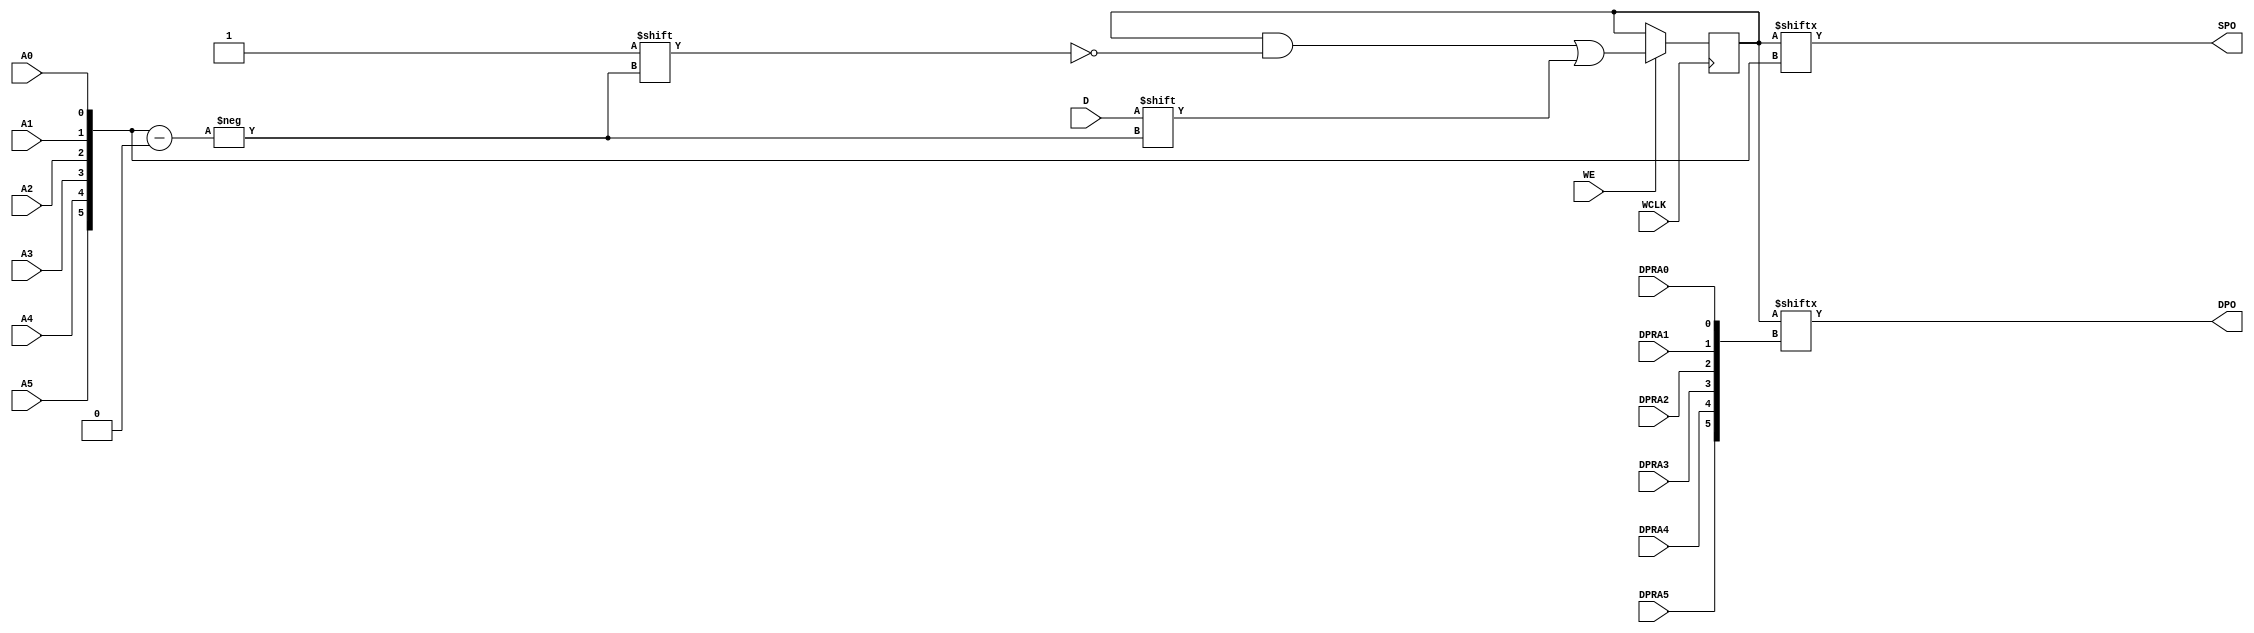
// This program was cloned from: https://github.com/fredrequin/verilator_xilinx
// License: BSD 2-Clause "Simplified" License

`ifdef verilator3
`else
`timescale 1 ps / 1 ps
`endif
//
// RAM64X1D primitive for Xilinx FPGAs
// Compatible with Verilator tool (www.veripool.org)
// Copyright (c) 2019-2022 Frdric REQUIN
// License : BSD
//

/* verilator coverage_off */
module RAM64X1D
#(
    parameter  [63:0] INIT = 64'h0,
    parameter   [0:0] IS_WCLK_INVERTED = 1'b0
)
(
    // Write clock
    input  wire       WCLK,
    // Write enable
    input  wire       WE,
    // Read / Write address
    input  wire       A0,
    input  wire       A1,
    input  wire       A2,
    input  wire       A3,
    input  wire       A4,
    input  wire       A5,
    // Read address
    input  wire       DPRA0,
    input  wire       DPRA1,
    input  wire       DPRA2,
    input  wire       DPRA3,
    input  wire       DPRA4,
    input  wire       DPRA5,
    // Data in
    input  wire       D,
    // Data out
    output wire       SPO,
    output wire       DPO
);
    // Read / Write address
    wire  [5:0] _w_A    = { A5, A4, A3, A2, A1, A0 };
    // Read address
    wire  [5:0] _w_DPRA = { DPRA5, DPRA4, DPRA3, DPRA2, DPRA1, DPRA0 };
    // 64 x 1-bit Select RAM
    reg  [63:0] _r_mem;
    
    // Power-up value
    initial begin : INIT_STATE
        _r_mem = INIT;
    end
    
    // Synchronous memory write
    generate
        if (IS_WCLK_INVERTED) begin : GEN_WCLK_NEG
            always @(negedge WCLK) begin : MEM_WRITE
            
                if (WE) begin
                    _r_mem[_w_A] <= D;
                end
            end
        end
        else begin : GEN_WCLK_POS
            always @(posedge WCLK) begin : MEM_WRITE
            
                if (WE) begin
                    _r_mem[_w_A] <= D;
                end
            end
        end
    endgenerate
    
    // Asynchronous memory read
    assign SPO = _r_mem[_w_A];
    assign DPO = _r_mem[_w_DPRA];

endmodule
/* verilator coverage_on */